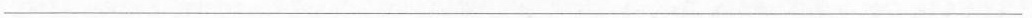
___